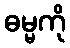
ဓမ္မကို